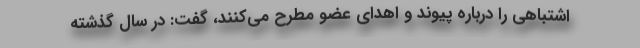
اشتباهی را درباره پیوند و اهدای عضو مطرح می‌کنند، گفت: در سال گذشته